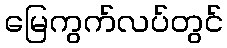
မြေကွက်လပ်တွင်